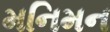
મનિમન